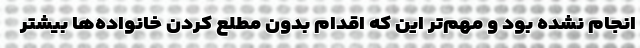
انجام نشده بود و مهم‌تر این که اقدام بدون مطلع کردن خانواده‌ها بیشتر